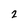
Character: 2